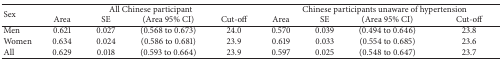
| <ROWSPAN=2> Sex | <COLSPAN=4> All Chinese participant | <COLSPAN=4> Chinese participants unaware of hypertension |
 | Area | SE | (Area 95% CI) | Cut-off | Area | SE | (Area 95% CI) | Cut-off |
 | --- | --- | --- | --- | --- | --- | --- | --- | --- |
 | Men | 0.621 | 0.027 | (0.568 to 0.673) | 24.0 | 0.570 | 0.039 | (0.494 to 0.646) | 23.8 |
 | Women | 0.634 | 0.024 | (0.586 to 0.681) | 23.9 | 0.619 | 0.033 | (0.554 to 0.685) | 23.6 |
 | All | 0.629 | 0.018 | (0.593 to 0.664) | 23.9 | 0.597 | 0.025 | (0.548 to 0.647) | 23.7 |